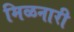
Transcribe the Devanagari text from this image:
मिळनारी